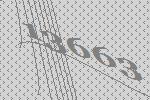
13663